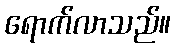
ရောက်လာသည်။